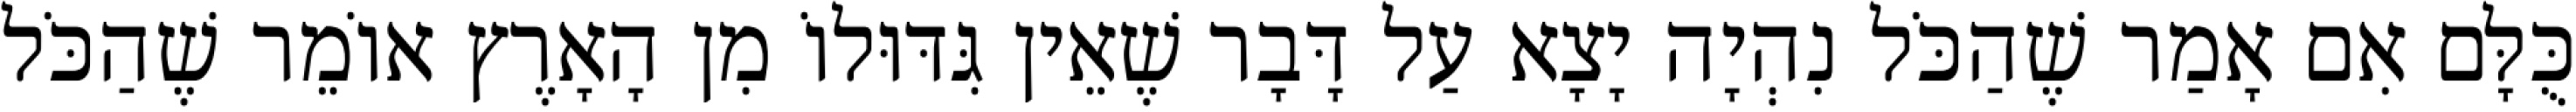
כֻּלָּם אִם אָמַר שֶׁהַכֹּל נִהְיָה יָצָא עַל דָּבָר שֶׁאֵין גִּדּוּלוֹ מִן הָאָרֶץ אוֹמֵר שֶׁהַכֹּל